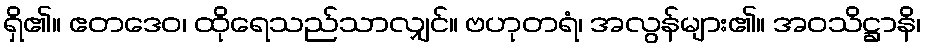
ရှိ၏။ ဧတဒေဝ၊ ထိုရေသည်သာလျှင်။ ဗဟုတရံ၊ အလွန်များ၏။ အဝသိဋ္ဌာနိ၊